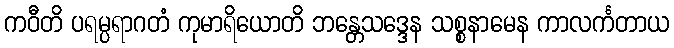
ကဝီတိ ပရမ္ပရာဂတံ ကုမာရိယောတိ ဘန္တေသဒ္ဒေန သစ္စနာမေန ကာလင်္ကတာယ